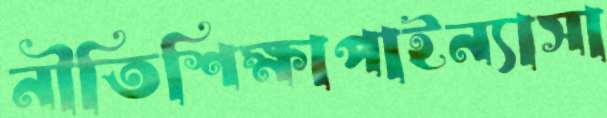
নীতিশিক্ষাপাইন্যাসা